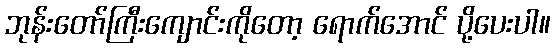
ဘုန်းတော်ကြီးကျောင်းကိုတော့ ရောက်အောင် ပို့ပေးပါ။